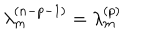
LaTeX: \lambda _ { m } ^ { ( n - p - 1 ) } = \lambda _ { m } ^ { ( p ) }